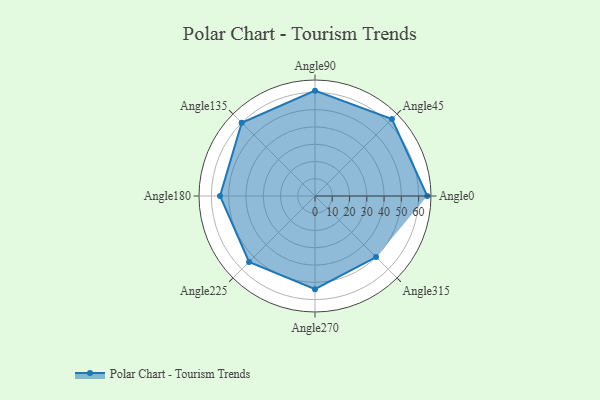
{"axis": {"x": "Angle", "y": "Radius"}, "legend": [""], "data": [{"x": "Angle0", "y": 65.0, "type": ""}, {"x": "Angle45", "y": 63.0, "type": ""}, {"x": "Angle90", "y": 61.0, "type": ""}, {"x": "Angle135", "y": 60.0, "type": ""}, {"x": "Angle180", "y": 55.0, "type": ""}, {"x": "Angle225", "y": 54.0, "type": ""}, {"x": "Angle270", "y": 54.0, "type": ""}, {"x": "Angle315", "y": 50, "type": ""}]}